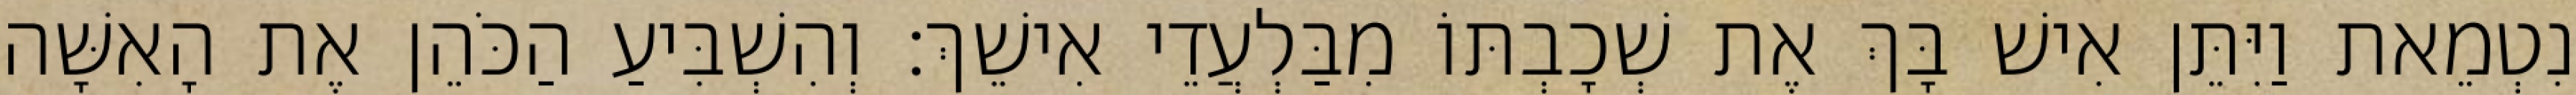
נִטְמֵאת וַיִּתֵּן אִישׁ בָּךְ אֶת שְׁכָבְתּוֹ מִבַּלְעֲדֵי אִישֵׁךְ׃ וְהִשְׁבִּיעַ הַכֹּהֵן אֶת הָאִשָּׁה